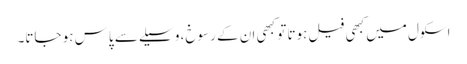
اسکول میں کبھی فیل ہوتا تو کبھی ان کے رسوخ، وسیلے سے پاس ہو جاتا۔